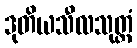
ဒုတိယသီလသုတ္တံ